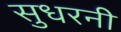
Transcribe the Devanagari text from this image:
सुधरनी